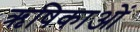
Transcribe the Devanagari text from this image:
ऋषिकाओं